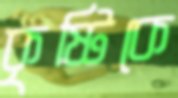
কৃষ্টিকে